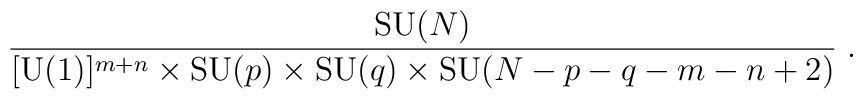
{\mbox{SU}(N)\over [\mbox{U}(1)]^{m+n}\times \mbox{SU}(p)\times \mbox{SU}(q)\times \mbox{SU}(N-p-q-m-n+2)}\;.